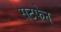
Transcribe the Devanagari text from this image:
सटफेन